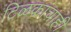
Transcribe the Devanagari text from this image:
टिळकांचाही